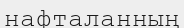
нафталанның